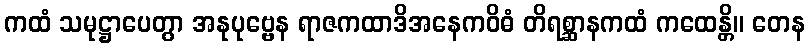
ကထံ သမုဋ္ဌာပေတွာ အနုပုဗ္ဗေန ရာဇကထာဒိအနေကဝိဓံ တိရစ္ဆာနကထံ ကထေန္တိ။ တေန